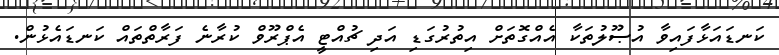
ކަނޑައަޅާފައިވާ އުޞޫލުތަކާ އެއްގޮތަށް އިތުރުގަޑި އަދި ޗުއްޓީ އެޕްރޫވް ކުރާނެ ފަރާތްތައް ކަނޑައެޅުން.